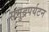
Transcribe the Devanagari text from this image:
समुद्रपर्यटन